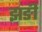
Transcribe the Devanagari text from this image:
झङी